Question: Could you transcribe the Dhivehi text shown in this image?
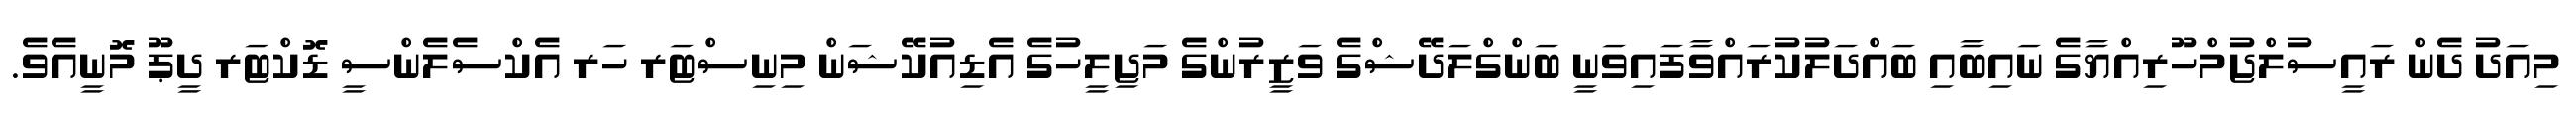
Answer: މިއަދު ދެން ރައީސުލްޖުމްހޫރިއްޔާގެ ނައިބާއި ބައްދަލުކުރައްވާފައިވަނީ ބަންގްލަދޭޝްގެ ވަޒީރުންގެ މަޖިލީހުގެ އެޑިއުކޭޝަން މިނިސްޓަރ ހަރ އެކްސެލެންސީ ޑޮކްޓަރ ދީޕޫ މޮނީއެވެ.